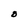
Character: O